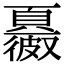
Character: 𩕂